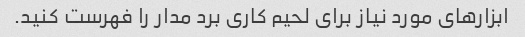
ابزارهای مورد نیاز برای لحیم کاری برد مدار را فهرست کنید.